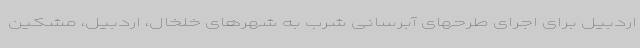
اردبیل برای اجرای طرحهای آبرسانی شرب به شهرهای خلخال، اردبیل، مشکین